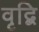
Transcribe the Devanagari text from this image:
वृद्बि